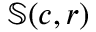
\mathbb { S } ( c , r )